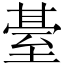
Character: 䑓